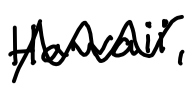
Text: Hawaii,
Cross-out: zig-zag
Writing tool: digital_black